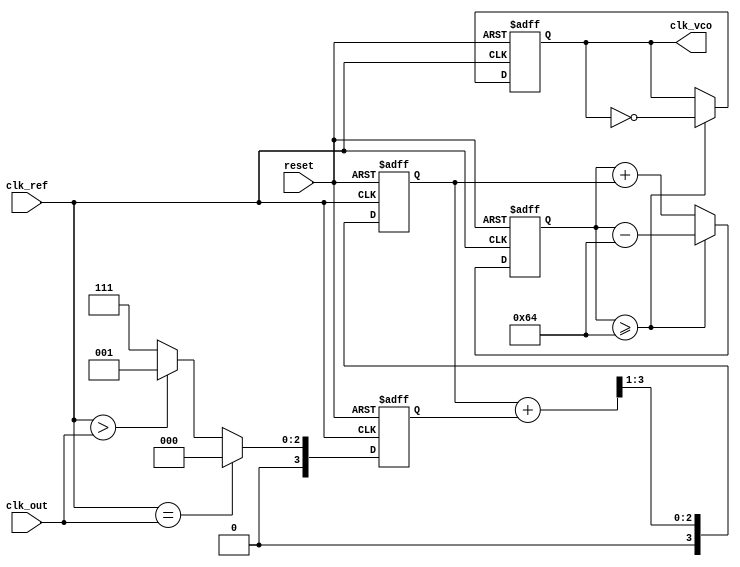
module PLL (
    input wire clk_ref,          // Reference clock input
    input wire clk_out,          // Output clock from VCO
    input wire reset,            // Reset signal
    output reg clk_vco           // Output clock signal from VCO
);

    // Parameters
    parameter MEMORY_SIZE = 8;  // Size of memory for phase error storage
    parameter PHASE_ERROR_MAX = 7; // Max phase error value
    parameter VCO_MAX_FREQ = 100; // Max frequency for VCO

    // Memory block for storing phase error values
    reg [3:0] phase_error_mem[0:MEMORY_SIZE-1];
    reg [2:0] mem_pointer;        // Pointer for memory access
    reg [3:0] phase_error;        // Phase error signal
    reg [3:0] control_voltage;    // Control voltage for VCO
    reg [7:0] vco_counter;        // VCO counter for generating clk_vco

    // Phase Detector (PD)
    always @(posedge clk_ref or posedge reset) begin
        if (reset) begin
            phase_error <= 0;
        end else begin
            // Simple phase comparison
            if (clk_ref == clk_out) begin
                phase_error <= 0; // No phase error
            end else begin
                phase_error <= (clk_ref > clk_out) ? 1 : PHASE_ERROR_MAX; // Example phase error calculation
            end
            // Store phase error in memory
            phase_error_mem[mem_pointer] <= phase_error;
            mem_pointer <= (mem_pointer + 1) % MEMORY_SIZE; // Circular buffer
        end
    end

    // Loop Filter (LF)
    always @(posedge clk_ref or posedge reset) begin
        if (reset) begin
            control_voltage <= 0;
        end else begin
            // Simple averaging filter for control voltage
            control_voltage <= (control_voltage + phase_error) >> 1; // Simple low-pass filter
        end
    end

    // Voltage-Controlled Oscillator (VCO)
    always @(posedge clk_ref or posedge reset) begin
        if (reset) begin
            clk_vco <= 0;
            vco_counter <= 0;
        end else begin
            // Update VCO frequency based on control voltage
            vco_counter <= vco_counter + control_voltage;
            if (vco_counter >= VCO_MAX_FREQ) begin
                clk_vco <= ~clk_vco; // Toggle output clock
                vco_counter <= vco_counter - VCO_MAX_FREQ; // Reset counter
            end
        end
    end

endmodule